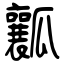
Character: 瓤